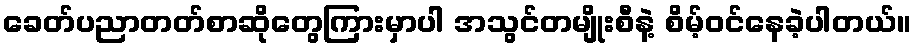
ခေတ်ပညာတတ်စာဆိုတွေကြားမှာပါ အသွင်တမျိုးစီနဲ့ စိမ့်ဝင်နေခဲ့ပါတယ်။